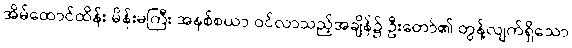
အိမ်ထောင်ထိန်း မိန်းမကြီး အနစ်စယာ ဝင်လာသည့်အချိန်၌ ဦးတော်၏ တွန့်လျက်ရှိသော